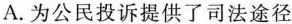
A.为公民投诉提供了司法途径